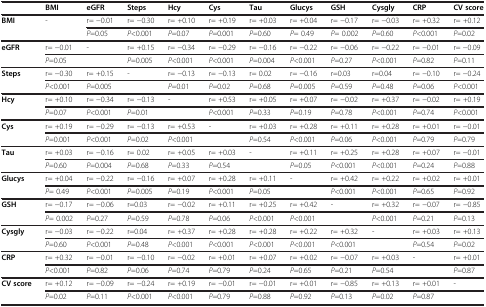
<table><thead><tr><td><b> </b></td><td><b>BMI</b></td><td><b>eGFR</b></td><td><b>Steps</b></td><td><b>Hcy</b></td><td><b>Cys</b></td><td><b>Tau</b></td><td><b>Glucys</b></td><td><b>GSH</b></td><td><b>Cysgly</b></td><td><b>CRP</b></td><td><b>CV score</b></td></tr></thead><tbody><tr><td rowspan="2"><b>BMI</b></td><td rowspan="2">-</td><td>r= −0.01</td><td>r= −0.30</td><td>r= +0.10</td><td>r= +0.19</td><td>r= +0.03</td><td>r= +0.04</td><td>r= −0.17</td><td>r= −0.03</td><td>r= +0.32</td><td>r= +0.12</td></tr><tr><td><i>P</i>=0.05</td><td><i>P</i>&lt;0.001</td><td><i>P</i>=0.07</td><td><i>P</i>=0.001</td><td><i>P</i>=0.60</td><td><i>P</i>= 0.49</td><td><i>P</i>= 0.002</td><td><i>P</i>=0.60</td><td><i>P</i>&lt;0.001</td><td><i>P</i>=0.02</td></tr><tr><td rowspan="2"><b>eGFR</b></td><td>r= −0.01</td><td>-</td><td>r= +0.15</td><td>r= −0.34</td><td>r= −0.29</td><td>r= −0.16</td><td>r= −0.22</td><td>r= −0.06</td><td>r= −0.22</td><td>r= −0.01</td><td>r= −0.09</td></tr><tr><td><i>P</i>=0.05</td><td> </td><td><i>P</i>=0.005</td><td><i>P</i>&lt;0.001</td><td><i>P</i>&lt;0.001</td><td><i>P</i>=0.004</td><td><i>P</i>&lt;0.001</td><td><i>P</i>=0.27</td><td><i>P</i>&lt;0.001</td><td><i>P</i>=0.82</td><td><i>P</i>=0.11</td></tr><tr><td rowspan="2"><b>Steps</b></td><td>r= −0.30</td><td>r= +0.15</td><td>-</td><td>r= −0.13</td><td>r= −0.13</td><td>r= 0.02</td><td>r= −0.16</td><td>r=0.03</td><td>r=0.04</td><td>r= −0.10</td><td>r= −0.24</td></tr><tr><td><i>P</i>&lt;0.001</td><td><i>P</i>=0.005</td><td> </td><td><i>P</i>=0.01</td><td><i>P</i>=0.02</td><td><i>P</i>=0.68</td><td><i>P</i>=0.005</td><td><i>P</i>=0.59</td><td><i>P</i>=0.48</td><td><i>P</i>=0.06</td><td><i>P</i>&lt;0.001</td></tr><tr><td rowspan="2"><b>Hcy</b></td><td>r= +0.10</td><td>r= −0.34</td><td>r= −0.13</td><td>-</td><td>r= +0.53</td><td>r= +0.05</td><td>r= +0.07</td><td>r= −0.02</td><td>r= +0.37</td><td>r= −0.02</td><td>r= +0.19</td></tr><tr><td><i>P</i>=0.07</td><td><i>P</i>&lt;0.001</td><td><i>P</i>=0.01</td><td> </td><td><i>P</i>&lt;0.001</td><td><i>P</i>=0.33</td><td><i>P</i>=0.19</td><td><i>P</i>=0.78</td><td><i>P</i>&lt;0.001</td><td><i>P</i>=0.74</td><td><i>P</i>&lt;0.001</td></tr><tr><td rowspan="2"><b>Cys</b></td><td>r= +0.19</td><td>r= −0.29</td><td>r= −0.13</td><td>r= +0.53</td><td>-</td><td>r= +0.03</td><td>r= +0.28</td><td>r= +0.11</td><td>r= +0.28</td><td>r= +0.01</td><td>r= −0.01</td></tr><tr><td><i>P</i>=0.001</td><td><i>P</i>&lt;0.001</td><td><i>P</i>=0.02</td><td><i>P</i>&lt;0.001</td><td> </td><td><i>P</i>=0.54</td><td><i>P</i>&lt;0.001</td><td><i>P</i>=0.06</td><td><i>P</i>&lt;0.001</td><td><i>P</i>=0.79</td><td><i>P</i>=0.79</td></tr><tr><td rowspan="2"><b>Tau</b></td><td>r= +0.03</td><td>r= −0.16</td><td>r= 0.02</td><td>r= +0.05</td><td>r= +0.03</td><td>-</td><td>r= +0.11</td><td>r= +0.25</td><td>r= +0.28</td><td>r= +0.07</td><td>r= −0.01</td></tr><tr><td><i>P</i>=0.60</td><td><i>P</i>=0.004</td><td><i>P</i>=0.68</td><td><i>P</i>=0.33</td><td><i>P</i>=0.54</td><td> </td><td><i>P</i>=0.05</td><td><i>P</i>&lt;0.001</td><td><i>P</i>&lt;0.001</td><td><i>P</i>=0.24</td><td><i>P</i>=0.88</td></tr><tr><td rowspan="2"><b>Glucys</b></td><td>r= +0.04</td><td>r= −0.22</td><td>r= −0.16</td><td>r= +0.07</td><td>r= +0.28</td><td>r= +0.11</td><td>-</td><td>r= +0.42</td><td>r= +0.22</td><td>r= +0.02</td><td>r= +0.01</td></tr><tr><td><i>P</i>= 0.49</td><td><i>P</i>&lt;0.001</td><td><i>P</i>=0.005</td><td><i>P</i>=0.19</td><td><i>P</i>&lt;0.001</td><td><i>P</i>=0.05</td><td> </td><td><i>P</i>&lt;0.001</td><td><i>P</i>&lt;0.001</td><td><i>P</i>=0.65</td><td><i>P</i>=0.92</td></tr><tr><td rowspan="2"><b>GSH</b></td><td>r= −0.17</td><td>r= −0.06</td><td>r=0.03</td><td>r= −0.02</td><td>r= +0.11</td><td>r= +0.25</td><td>r= +0.42</td><td>-</td><td>r= +0.32</td><td>r= −0.07</td><td>r= −0.85</td></tr><tr><td><i>P</i>= 0.002</td><td><i>P</i>=0.27</td><td><i>P</i>=0.59</td><td><i>P</i>=0.78</td><td><i>P</i>=0.06</td><td><i>P</i>&lt;0.001</td><td><i>P</i>&lt;0.001</td><td> </td><td><i>P</i>&lt;0.001</td><td><i>P</i>=0.21</td><td><i>P</i>=0.13</td></tr><tr><td rowspan="2"><b>Cysgly</b></td><td>r= −0.03</td><td>r= −0.22</td><td>r=0.04</td><td>r= +0.37</td><td>r= +0.28</td><td>r= +0.28</td><td>r= +0.22</td><td>r= +0.32</td><td>-</td><td>r= +0.03</td><td>r= +0.13</td></tr><tr><td><i>P</i>=0.60</td><td><i>P</i>&lt;0.001</td><td><i>P</i>=0.48</td><td><i>P</i>&lt;0.001</td><td><i>P</i>&lt;0.001</td><td><i>P</i>&lt;0.001</td><td><i>P</i>&lt;0.001</td><td><i>P</i>&lt;0.001</td><td> </td><td><i>P</i>=0.54</td><td><i>P</i>=0.02</td></tr><tr><td rowspan="2"><b>CRP</b></td><td>r= +0.32</td><td>r= −0.01</td><td>r= −0.10</td><td>r= −0.02</td><td>r= +0.01</td><td>r= +0.07</td><td>r= +0.02</td><td>r= −0.07</td><td>r= +0.03</td><td>-</td><td>r= +0.01</td></tr><tr><td><i>P</i>&lt;0.001</td><td><i>P</i>=0.82</td><td><i>P</i>=0.06</td><td><i>P</i>=0.74</td><td><i>P</i>=0.79</td><td><i>P</i>=0.24</td><td><i>P</i>=0.65</td><td><i>P</i>=0.21</td><td><i>P</i>=0.54</td><td> </td><td><i>P</i>=0.87</td></tr><tr><td rowspan="2"><b>CV score</b></td><td>r= +0.12</td><td>r= −0.09</td><td>r= −0.24</td><td>r= +0.19</td><td>r= −0.01</td><td>r= −0.01</td><td>r= +0.01</td><td>r= −0.85</td><td>r= +0.13</td><td>r= +0.01</td><td>-</td></tr><tr><td><i>P</i>=0.02</td><td><i>P</i>=0.11</td><td><i>P</i>&lt;0.001</td><td><i>P</i>&lt;0.001</td><td><i>P</i>=0.79</td><td><i>P</i>=0.88</td><td><i>P</i>=0.92</td><td><i>P</i>=0.13</td><td><i>P</i>=0.02</td><td><i>P</i>=0.87</td><td> </td></tr></tbody></table>